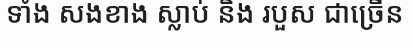
ទាំង សងខាង ស្លាប់ និង របួស ជាច្រើន